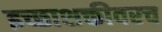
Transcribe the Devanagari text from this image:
इच्छाशक्तीवरच